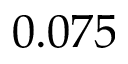
0 . 0 7 5